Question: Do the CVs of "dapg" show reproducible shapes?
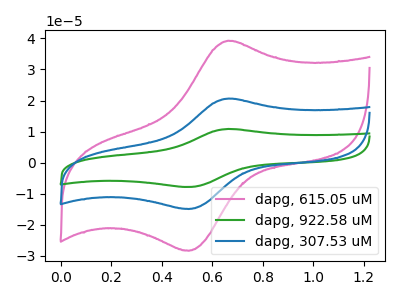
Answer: <think>The pink curve "dapg, 615.05 uM" has an anodic peak at (0.65V, 39.30uA) and a cathodic peak at (0.50V, -28.35uA). The green curve "dapg, 922.58 uM" has an anodic peak at (0.65V, 41.30uA) and a cathodic peak at (0.50V, -29.85uA). The blue curve "dapg, 307.53 uM" has an anodic peak at (0.65V, 20.65uA) and a cathodic peak at (0.50V, -14.90uA).
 All the peaks in "dapg, 615.05 uM" have a peak in "dapg, 922.58 uM" at the same potential. Every peak in "dapg, 615.05 uM" is lower than every peak in "dapg, 922.58 uM". All the peaks in "dapg, 615.05 uM" have a peak in "dapg, 307.53 uM" at the same potential. Every peak in "dapg, 615.05 uM" is higher than every peak in "dapg, 307.53 uM". All the peaks in "dapg, 922.58 uM" have a peak in "dapg, 307.53 uM" at the same potential. Every peak in "dapg, 922.58 uM" is higher than every peak in "dapg, 307.53 uM".</think>
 <answer>All the CV's of "dapg" have similar shape.</answer>
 <eval>follow_rule</eval>